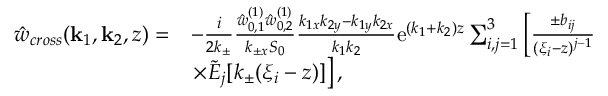
\begin{array} { r l } { \hat { w } _ { c r o s s } ( \mathbf { k } _ { 1 } , \mathbf { k } _ { 2 } , z ) = } & { - \frac { i } { 2 k _ { \pm } } \frac { \hat { w } _ { 0 , 1 } ^ { ( 1 ) } \hat { w } _ { 0 , 2 } ^ { ( 1 ) } } { k _ { \pm x } S _ { 0 } } \frac { k _ { 1 x } k _ { 2 y } - k _ { 1 y } k _ { 2 x } } { k _ { 1 } k _ { 2 } } \mathrm { e } ^ { ( k _ { 1 } + k _ { 2 } ) z } \sum _ { i , j = 1 } ^ { 3 } \left[ \frac { \pm b _ { i j } } { ( \xi _ { i } - z ) ^ { j - 1 } } \right. } \\ & { \left. \times \tilde { E } _ { j } [ k _ { \pm } ( \xi _ { i } - z ) ] \right] , } \end{array}